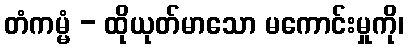
တံကမ္မံ - ထိုယုတ်မာသော မကောင်းမှုကို၊